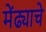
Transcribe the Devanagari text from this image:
मेंढ्याचे